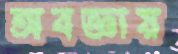
অবজ্ঞায়